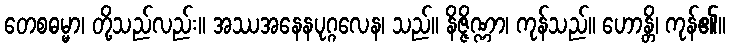
တေစဓမ္မာ၊ တို့သည်လည်း။ အဿအနေနပုဂ္ဂလေန၊ သည်။ နိဇ္ဇိဏ္ဏာ၊ ကုန်သည်။ ဟောန္တိ၊ ကုန်၏။